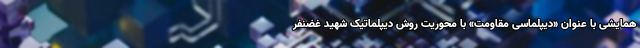
همایشی با عنوان «دیپلماسی مقاومت» با محوریت روش دیپلماتیک شهید غضنفر